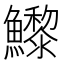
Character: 𩼽